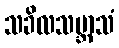
သခိလသမ္ဘာသံ